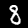
Label: 8